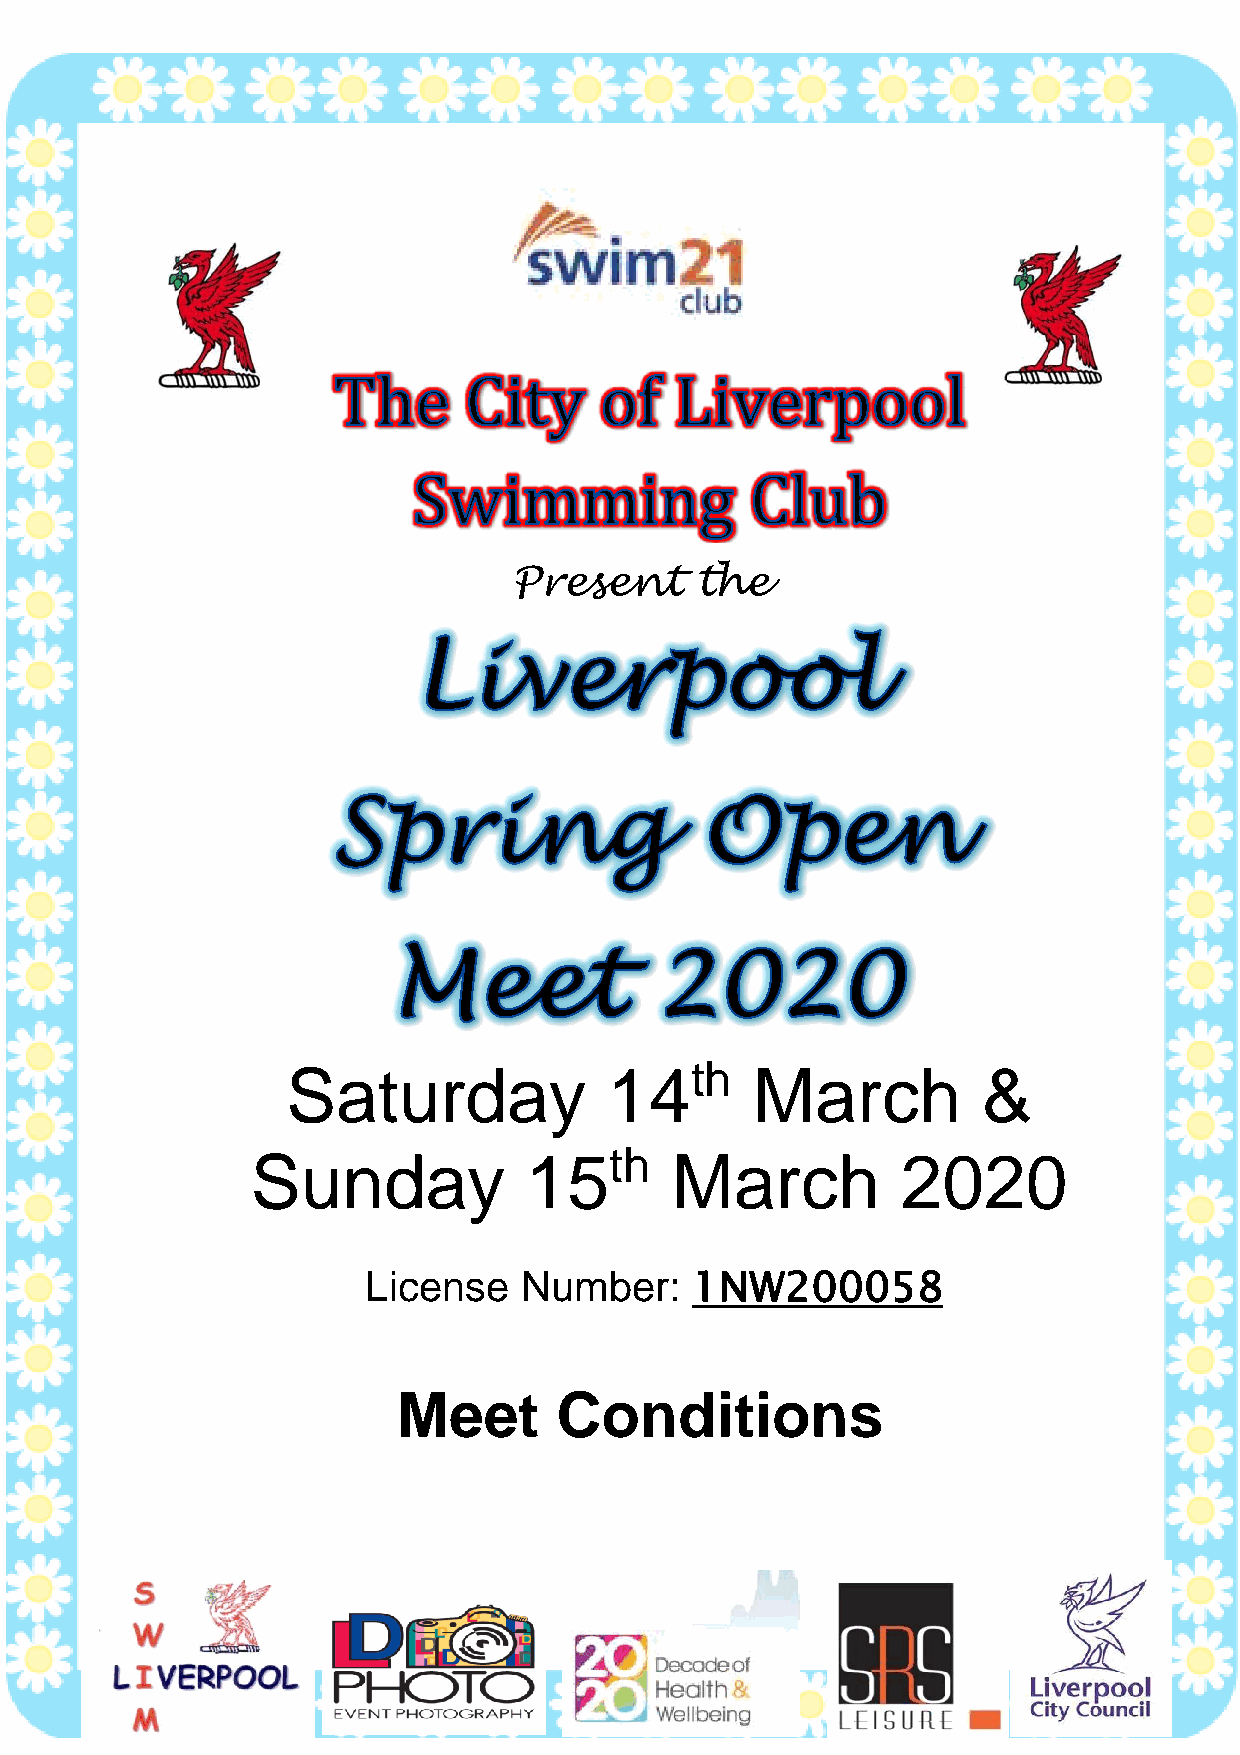
Present     the
 Saturday             14th      March          &
 Sunday            15th     March           2020
 License   Number:     1NW200058
 Meet       Conditions